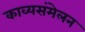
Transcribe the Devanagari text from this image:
काव्यसंमेलन